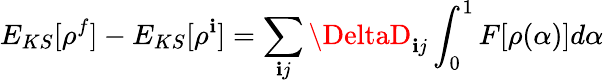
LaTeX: E_{KS}[\rho^{f}]-E_{KS}[\rho^{\mathbf{i}}]=\sum_{\mathbf{i}j}\DeltaD_{\mathbf{i}j}\int_{0}^{1}F[\rho(\alpha)]d\alpha